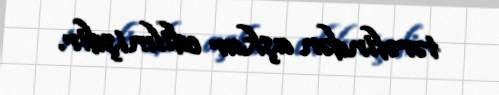
tərəfindən aşkar edilmişdir.